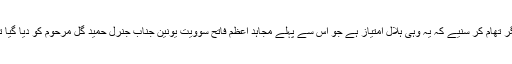
جگر تھام کر سنیے کہ یہ وہی ہلال امتیاز ہے جو اس سے پہلے مجاہد اعظم فاتح سوویت یونین جناب جنرل حمید گل مرحوم کو دیا گیا تھا۔